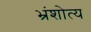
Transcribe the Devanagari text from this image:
भ्रंशोत्य